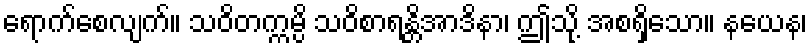
ရောက်စေလျက်။ သဝိတက္ကမ္ပိ သဝိစာရန္တိအာဒိနာ၊ ဤသို့ အစရှိသော။ နယေန၊